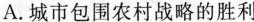
A.城市包围农村战略的胜利